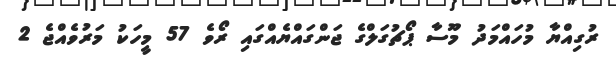
ރުގިއްޔާ މުހައްމަދު މޫސާ ޕޯޗުގަލްގެ ޖަންގައްޔެއްގައި ރޯވެ 57 މީހަކު މަރުވެއްޖެ 2